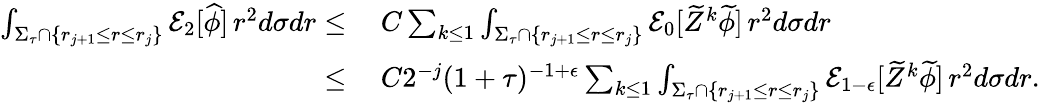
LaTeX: \begin{array}{rl}{\int_{\Sigma_{\tau}\cap\{ r_{j+1}\leq r\leq r_{j}\} }\mathcal{E}_{2}[\widehat{\phi}]\, r^{2}d\sigma dr\leq}&{\: C\sum_{k\leq 1}\int_{\Sigma_{\tau}\cap\{ r_{j+1}\leq r\leq r_{j}\} }\mathcal{E}_{0}[\widetilde{Z}^{k}\widetilde{\phi}]\, r^{2}d\sigma dr}\\ {\leq}&{\: C2^{-j}(1+\tau)^{-1+\epsilon}\sum_{k\leq 1}\int_{\Sigma_{\tau}\cap\{ r_{j+1}\leq r\leq r_{j}\} }\mathcal{E}_{1-\epsilon}[\widetilde{Z}^{k}\widetilde{\phi}]\, r^{2}d\sigma dr.}\end{array}